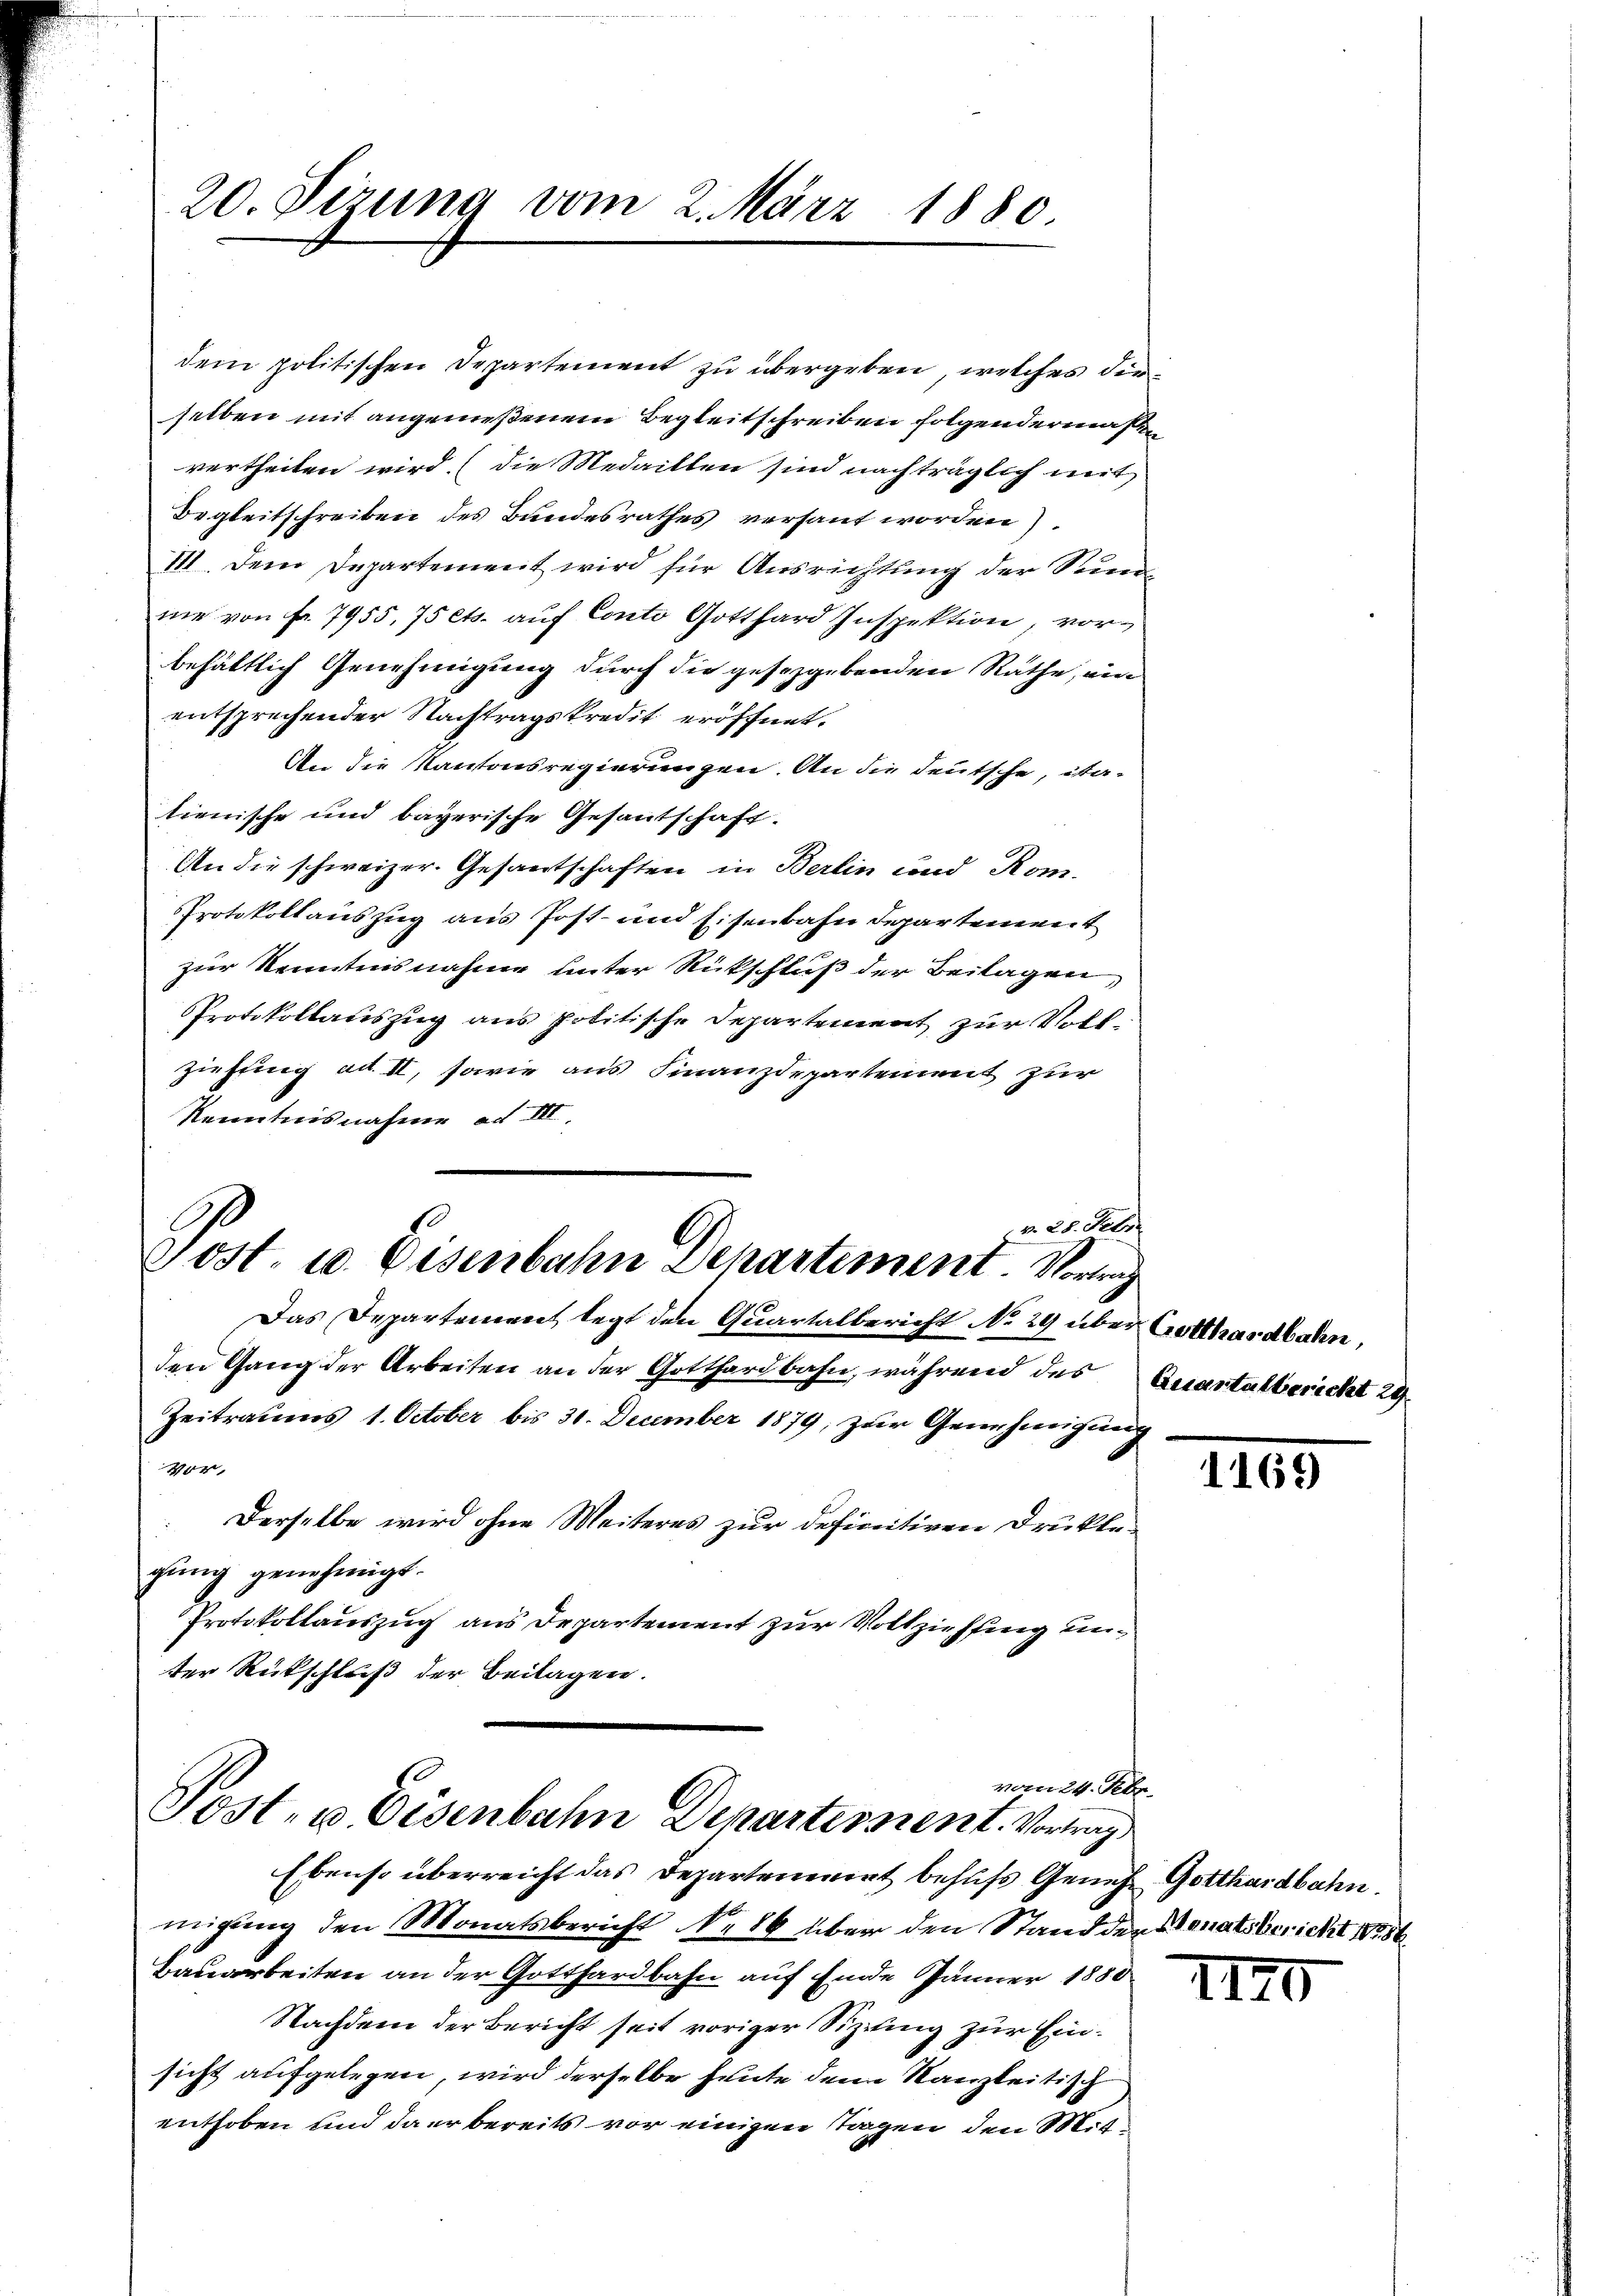
dem politischen Departement zu übergeben, welches die
seiben mit angemeßenem Begleitschreiben folgendermaßvertheilen wird. (die Medaillen sind nachträglich mit
Begleitschreiben des Bundesrathes versant worden).
III. Dem Departement wird für Ausrichtung der Sumne von Fr. 7955. 75 Cts. auf Conto Gotthard Inspektion, vorbehältlich Genehmigung durch die gesetzgebenden Rathe, ein
entsprechender Nachtragskredit eröffnet.
An die Kantonsregierungen. An die deutsche, ita-
tienische und bayerische Gesantschaft.
An die schweizer. Gesantschaften in Berlin und Rom.
Protokollauszug aus Post- und Eisenbahn Departement
zur Kenntnisnahme unter Rückschluß der Beilagen,
Protokollauszug aus politische Departement zur Vollziehung ad II, sowie aus Finanzdepartement zur
Kenntnisnahme ad III.
v. 28. Febr.

Post, u. Eisenbahn Departement. Vortrag
Das Departement legt den Quartalbericht No 29 über Gotthardbahn,

den Gang der Arbeiten an der Gotthardbahn, während des Quartalbericht 29.
Zeitraums 1. October bis 30. December 1879, zur Genehmigung
404.
Derselbe wird ohne Weiteres zur definitiven Druckle
gung genehmigt.
Protokollauszug aus Departement zur Vollziehung unter Rückschluß der Beilagen.

Ebenso überreicht das Departement behufs Genes Gotthardbahn.
migung den Monatsbericht No 86 über den Stand der Senatsbericht 18056
Bauarbeiten an der Gotthardbahn auf Einde Jänner 1880
Nachdem der Bericht seit voriger Sizung zur Einsicht aufgelegen, wird derselbe heute dem Kanzleitisch
enthoben und da er bereits vor einigen Tagen, den Mit¬

vom 24. Febr.
Post- u Eisenbahn Departissent. Vortrag

20. Sizung vom 2. März 1880

.
e

1169

1170